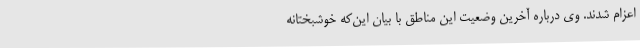
اعزام شدند. وی درباره آخرین وضعیت این مناطق با بیان این‌که خوشبختانه